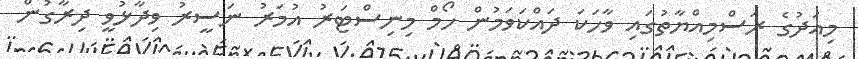
މިއަދުގެ ރަސްމިއްޔާތުގައި ވާހަކަ ދައްކަވަމުން ހޯމް މިނިސްޓަރު އުމަރު ނަސީރު ވިދާޅުވީ ދިރާގުން